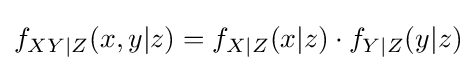
f_{XY|Z}(x,y|z)=f_{X|Z}(x|z)\cdot f_{Y|Z}(y|z)